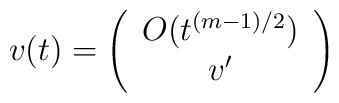
v(t)=\left(\begin{array}{c}O(t^{(m-1)/2}) \\ v^\prime \end{array}\right)